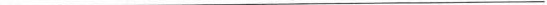
___